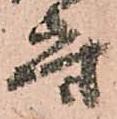
守